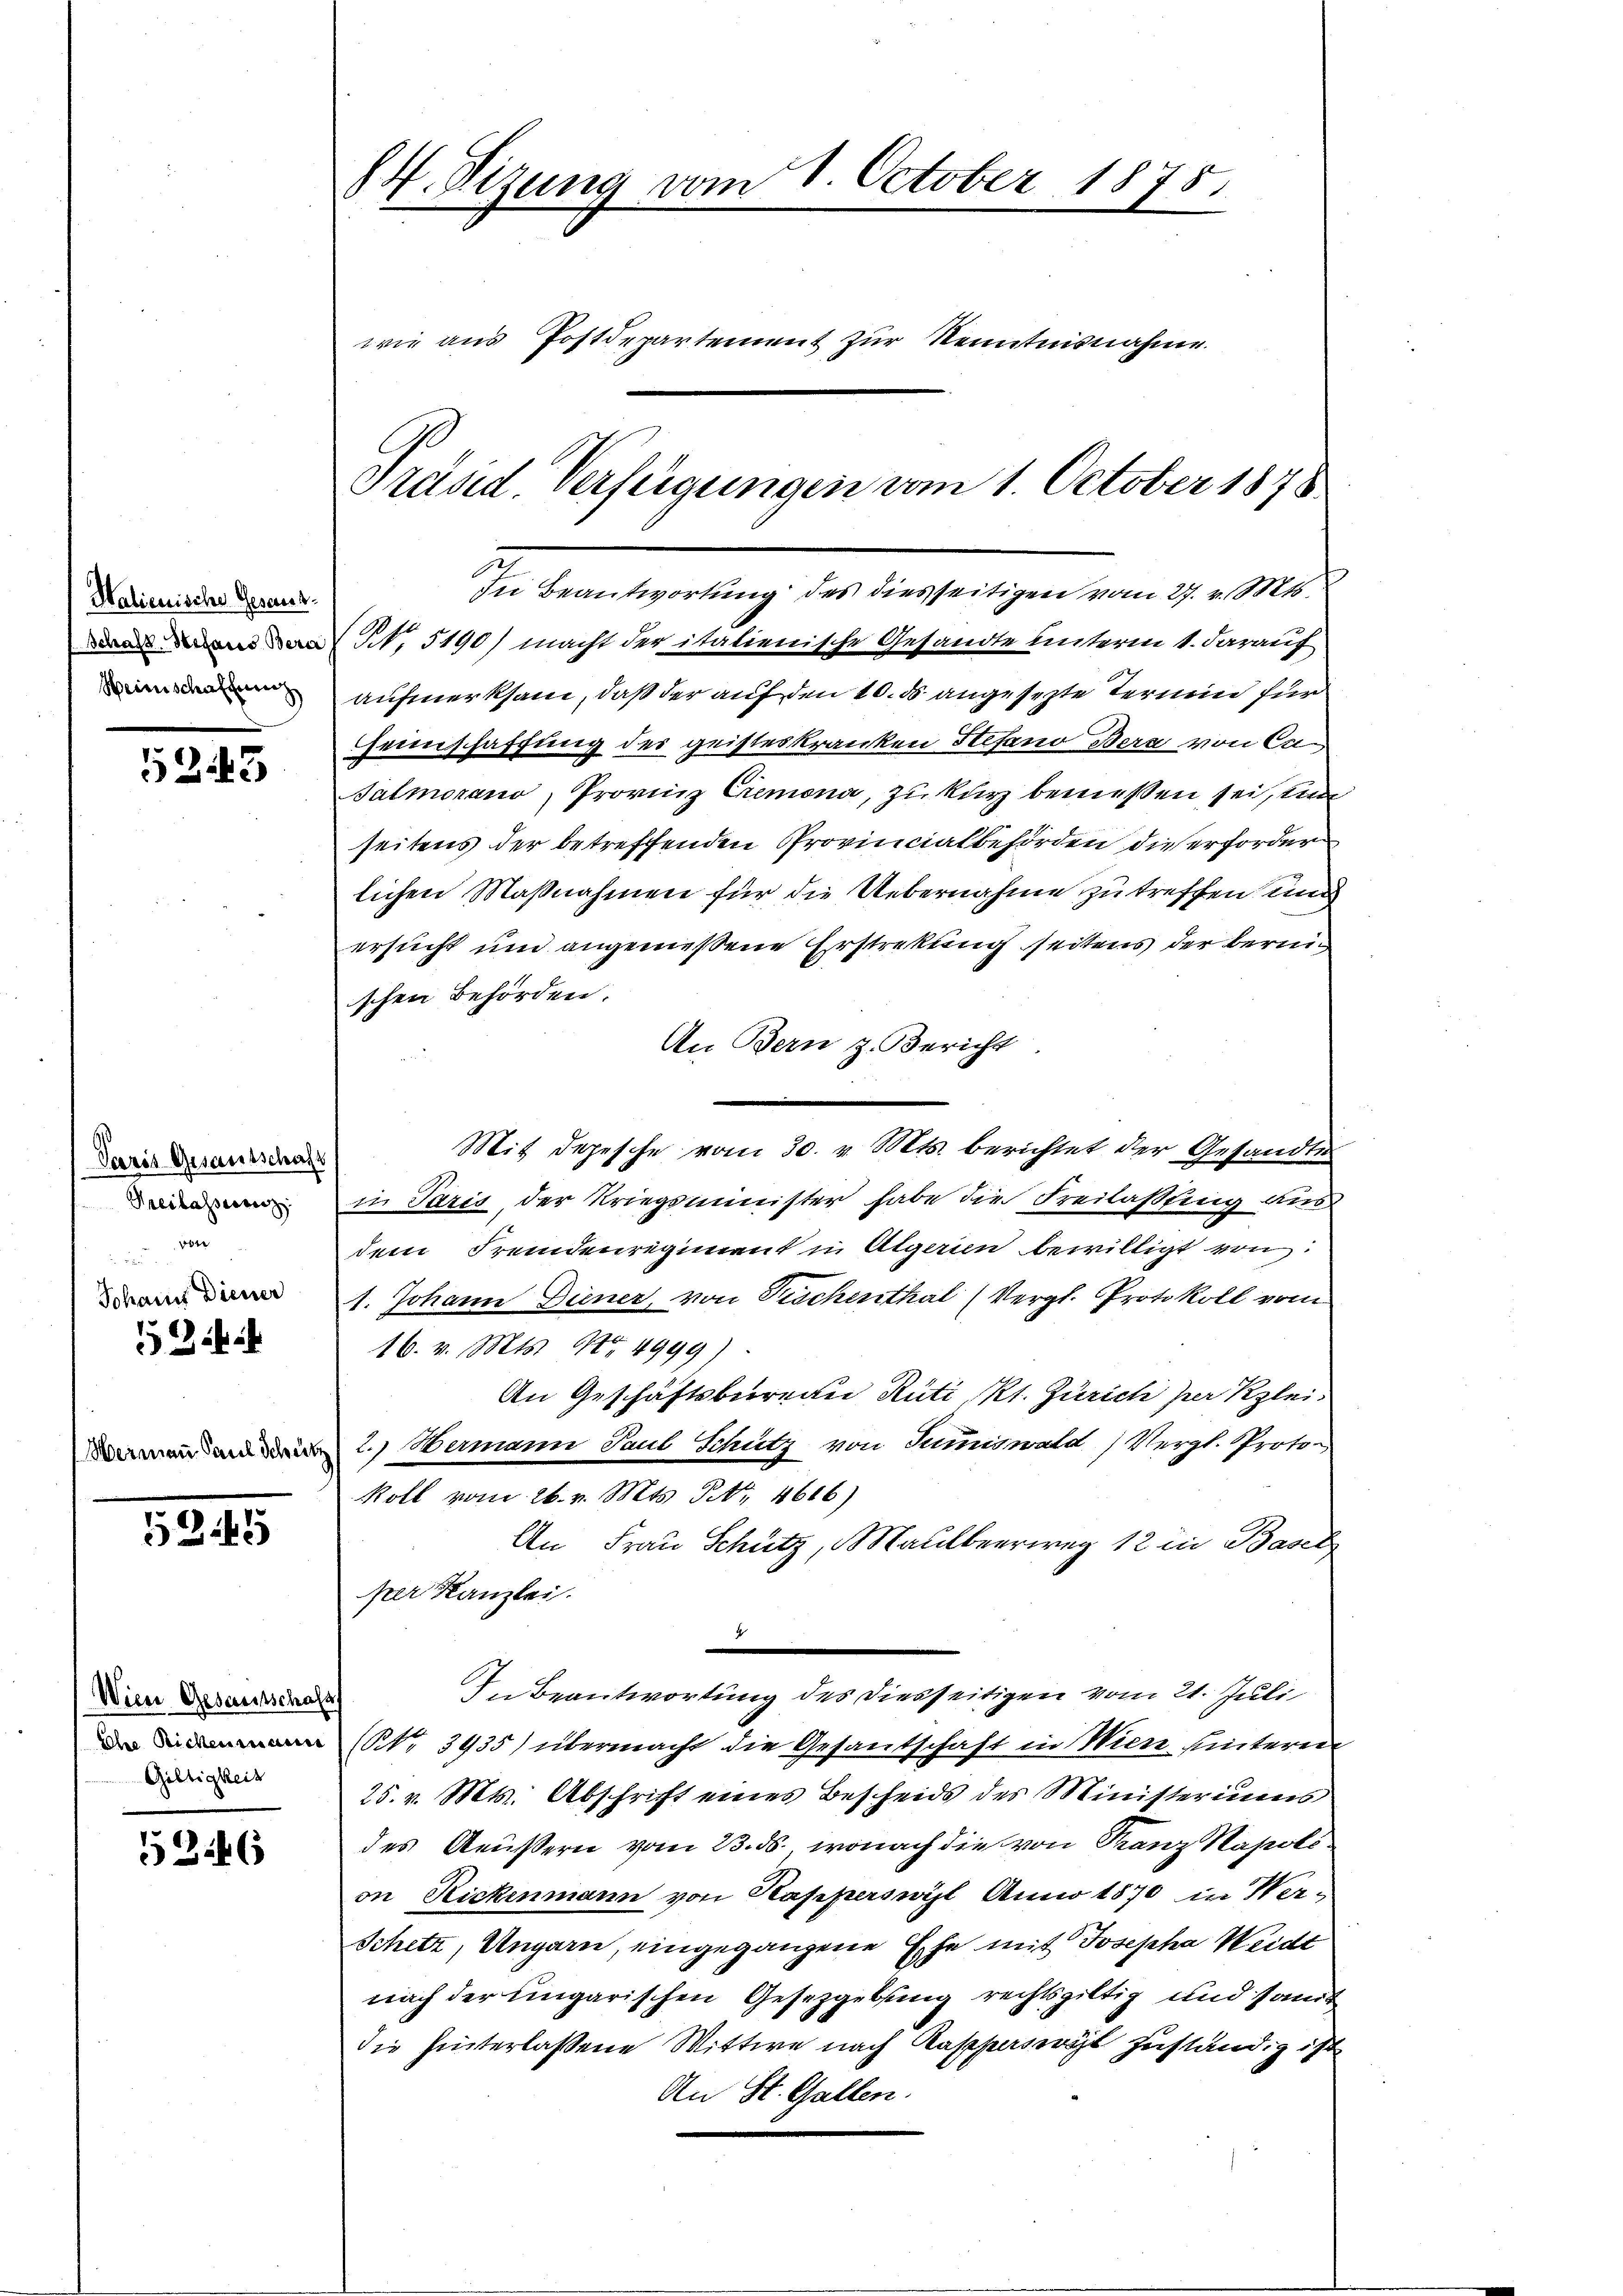
Halienische Gesand¬
Heimschaffung

5243

Paris Gesamtschaft
Heilasserenz
r
Johann Diener

5345

(Wien Gesamtschaft
Giltigkeit

52146

84. Sizung vom 1. October 1875.
wie aus Postdepartement zur Kenntnisnahme.
Præsid. Verfügungen vom 1. October 1878

In Beantwortung des diesseitigen vom 27. v. Mts.
 N. 5190) macht der italienische Gesandte unterm 1. darauf
aufmerksam, daß der auf den 10. ds angesetzte Ternein für
Heimschaffung des geisteskranken Stefano Bera von Ca¬
Salmorano, Provinz Cremona, zu kurz bemessen sei, un
seitens der betreffenden Provincialbehörden die erforderlichen Maßnahmen für die Uebernahme zu treffen und
ersucht und angemeßene Erstrekung seitens der Bernischen Behörden.
An Bern z. Bericht
Mit Depesche vom 30. v. Mts. berichtet der Gesandten
in Paris, der Kriegsminister habe die Freilassung aus
dem Fremdenregiment in Algerin bewilligt von:
1. Johann Diener, von Fischenthal (Vergl. Protokoll vom
16. v. Mts. No 4999)
An Geschäftsbureau Rüti, Kt. Zürich per Klei¬
2.) Hermann Paul Schutz von Summiswald (Vergl. Proto-
Roll vom 26. v. Mts. Nr. 4616)
An Frau Schütz, Maulbeerweg 12 in Basel
per Kanzlei.
2
In Beantwortung des diesseitigen vom 21. Juli
 (Nr. 3935) übermacht die Gesantschaft in Wien hinteren
25. v. Mts. Abschrift eines Bescheids des Ministeriums
des Aeußern vom 23. ds., wonach die von Franz Napolion Rickenmann von Kapperswil Anno 1870 in Wer-
Schitz, Ungarn, eingegangene Ehe mit Josepha Weidt
nach der eingarischen Gesetzgebung rechtsgültig und somit
die hinterlassene Wittwe nach Kasparseit Zuständig ist
An St. Gallen.